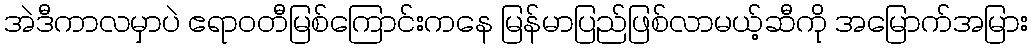
အဲဒီကာလမှာပဲ ဧရာဝတီမြစ်ကြောင်းကနေ မြန်မာပြည်ဖြစ်လာမယ့်ဆီကို အမြောက်အမြား